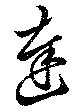
達